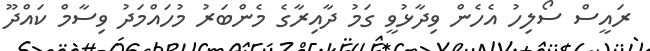
ރައީސް ސޯލިހު އެހެން ވިދާޅުވީ ގަމު ދާއިރާގެ މެންބަރު މުހައްމަދު ވިސާމް ކައްދޫ